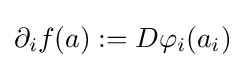
\partial _{i}f(a):=D\varphi _{i}(a_{i})